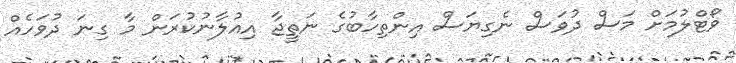
ވޯޓްލުމަށް މަސް ދުވަސް ނެގިޔަސް އިންތިހާބުގެ ނަތީޖާ އިއުލާނުކުރަން މާ ގިނަ ދުވަހެއް